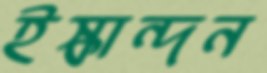
ইস্কান্দন